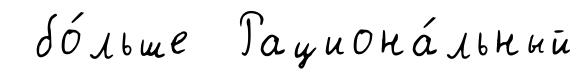
бо́льше Рациона́льный